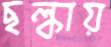
ছল্‌কায়